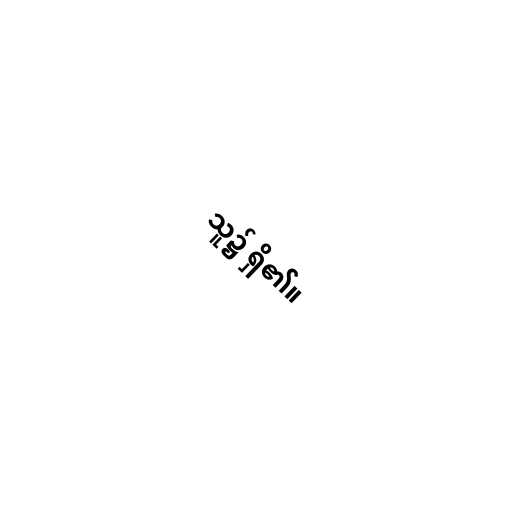
သူ၌ ရှိ၏။